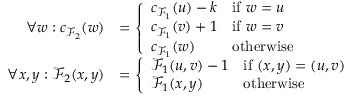
\begin{array} { r l } { \forall w : c _ { \mathcal { F } _ { 2 } } ( w ) } & { = \left\{ \begin{array} { l l } { c _ { \mathcal { F } _ { 1 } } ( u ) - k } & { \mathrm { i f } ~ w = u } \\ { c _ { \mathcal { F } _ { 1 } } ( v ) + 1 } & { \mathrm { i f } ~ w = v } \\ { c _ { \mathcal { F } _ { 1 } } ( w ) } & { \mathrm { o t h e r w i s e } } \end{array} \right. } \\ { \forall x , y : \mathcal { F } _ { 2 } ( x , y ) } & { = \left\{ \begin{array} { l l } { \mathcal { F } _ { 1 } ( u , v ) - 1 } & { \mathrm { i f } ~ ( x , y ) = ( u , v ) } \\ { \mathcal { F } _ { 1 } ( x , y ) } & { \mathrm { o t h e r w i s e } } \end{array} \right. } \end{array}